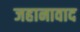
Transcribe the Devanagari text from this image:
जहानावाद